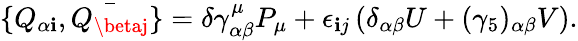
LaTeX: \{ Q_{\alpha\mathbf{i}},\bar{{Q_{\betaj}}}\} =\delta\gamma_{\alpha\beta}^{\mu}P_{\mu}+\epsilon_{\mathbf{i}j}\left(\delta_{\alpha\beta}U+(\gamma_{5})_{\alpha\beta}V\right).